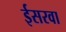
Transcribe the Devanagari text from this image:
ईसरवा